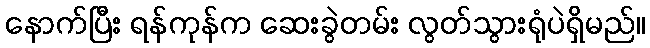
နောက်ပြီး ရန်ကုန်က ဆေးခွဲတမ်း လွတ်သွားရုံပဲရှိမည်။